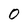
Character: 0